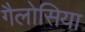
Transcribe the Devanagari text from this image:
गैलोसिया